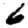
Digit: 6